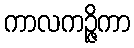
ကာလကဉ္ဇိကာ